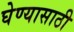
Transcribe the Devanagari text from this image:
घेण्‍यासाठी